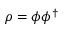
\rho = \phi \phi ^ { \dagger }